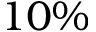
1 0 \%